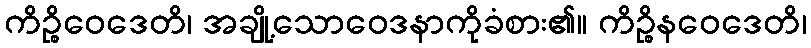
ကိဉ္စိဝေဒေတိ၊ အချို့သောဝေဒနာကိုခံစား၏။ ကိဉ္စိနဝေဒေတိ၊